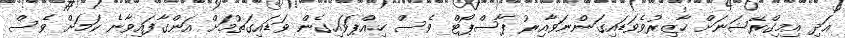
އަދި އިމިގްރޭޝަނަށް ހާޒިރުވެވަޑައިގަންނަވާއިރު ޕާސްޕޯޓް ވެސް ހިއްޕަވައިގެން ވަޑައިގަތުމަށް އަންގާފައިވާނެ ކަމަށް ވެސް